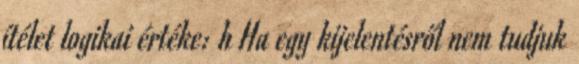
ítélet logikai értéke: h Ha egy kijelentésről nem tudjuk